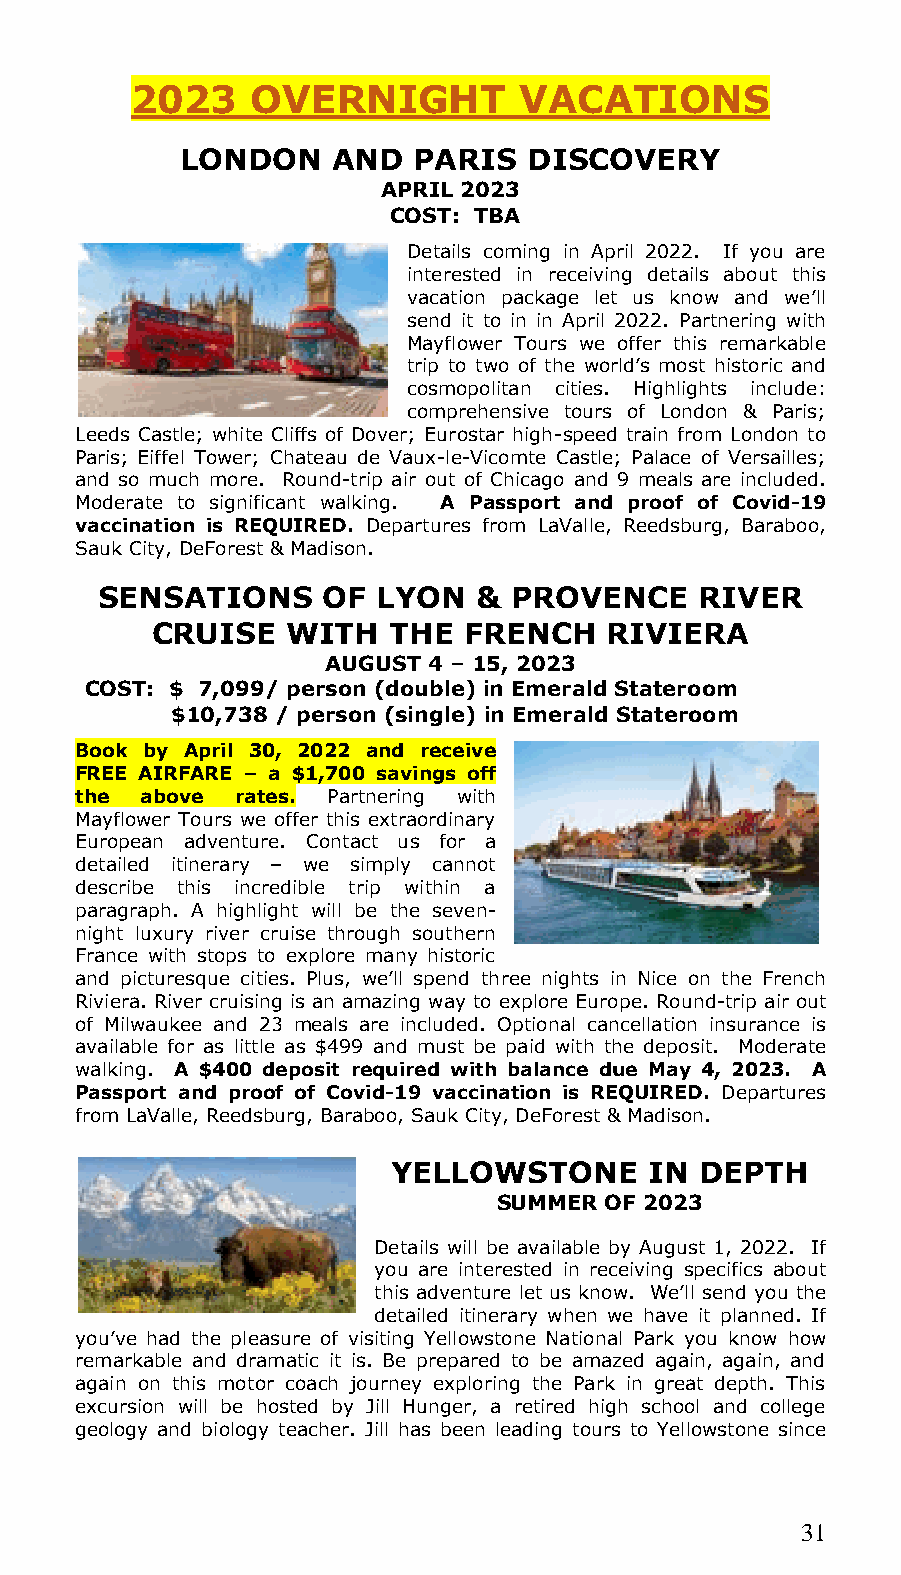
2023    OVERNIGHT        VACATIONS
 LONDON    AND  PARIS   DISCOVERY
 APRIL 2023
 COST: TBA
 Details coming in April 2022. If you are
 interested in receiving details about this
 vacation package let us know and we’ll
 send it to in in April 2022. Partnering with
 Mayflower Tours we offer this remarkable
 trip to two of the world’s most historic and
 cosmopolitan cities. Highlights include:
 comprehensive tours of London & Paris;
 Leeds Castle; white Cliffs of Dover; Eurostar high-speed train from London to
 Paris; Eiffel Tower; Chateau de Vaux-le-Vicomte Castle; Palace of Versailles;
 and so much more. Round-trip air out of Chicago and 9 meals are included.
 Moderate to significant walking. A Passport and proof of Covid-19
 vaccination is REQUIRED. Departures from LaValle, Reedsburg, Baraboo,
 Sauk City, DeForest & Madison.
 SENSATIONS     OF  LYON   & PROVENCE    RIVER
 CRUISE   WITH   THE  FRENCH   RIVIERA
 AUGUST 4 – 15, 2023
 COST: $ 7,099/ person (double) in Emerald Stateroom
 $10,738 / person (single) in Emerald Stateroom
 Book by April 30, 2022 and receive
 FREE AIRFARE – a $1,700 savings off
 the above  rates. Partnering with
 Mayflower Tours we offer this extraordinary
 European adventure. Contact us for a
 detailed itinerary – we simply cannot
 describe this incredible trip within a
 paragraph. A highlight will be the seven-
 night luxury river cruise through southern
 France with stops to explore many historic
 and picturesque cities. Plus, we’ll spend three nights in Nice on the French
 Riviera. River cruising is an amazing way to explore Europe. Round-trip air out
 of Milwaukee and 23 meals are included. Optional cancellation insurance is
 available for as little as $499 and must be paid with the deposit. Moderate
 walking. A $400 deposit required with balance due May 4, 2023. A
 Passport and proof of Covid-19 vaccination is REQUIRED. Departures
 from LaValle, Reedsburg, Baraboo, Sauk City, DeForest & Madison.
 YELLOWSTONE      IN DEPTH
 SUMMER OF 2023
 Details will be available by August 1, 2022. If
 you are interested in receiving specifics about
 this adventure let us know. We’ll send you the
 detailed itinerary when we have it planned. If
 you’ve had the pleasure of visiting Yellowstone National Park you know how
 remarkable and dramatic it is. Be prepared to be amazed again, again, and
 again on this motor coach journey exploring the Park in great depth. This
 excursion will be hosted by Jill Hunger, a retired high school and college
 geology and biology teacher. Jill has been leading tours to Yellowstone since
 31